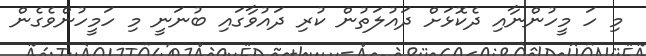
މި ހަ މީހުންނާއި ދެކޮޅަށް ދައުލަތުން ކުރި ދައުވާގައި ބުނަނީ މި ހަމީހުންވެގެން